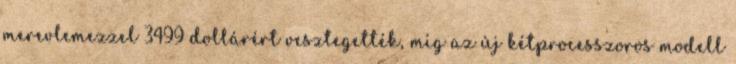
merevlemezzel 3499 dollárért vesztegették, míg az új kétprocesszoros modell